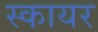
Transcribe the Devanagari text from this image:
स्कायर